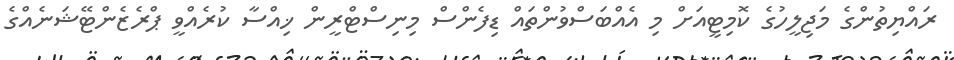
ރައްޔިތުންގެ މަޖިލީހުގެ ކޮމިޓީއަށް މި އެއްބަސްވުންތައް ޑިފެންސް މިނިސްޓްރީން ޚިއްސާ ކުރެއްވީ ޕްރެޒެންޓޭޝަނެއްގެ